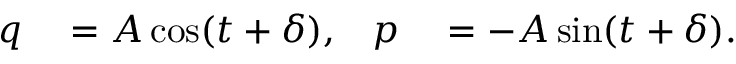
\begin{array} { r l r l } { \boldsymbol { q } } & { { } = \boldsymbol { A } \cos ( t + \boldsymbol { \delta } ) , } & { \boldsymbol { p } } & { { } = - \boldsymbol { A } \sin ( t + \boldsymbol { \delta } ) . } \end{array}